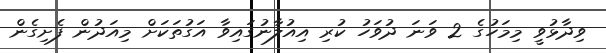
ވިދާޅުވީ މިމަހުގެ 2 ވަނަ ދުވަހު ކުރި އިއުލާނުގައިވާ އަގުތަކަށް މިއަދުން ފެށިގެން